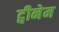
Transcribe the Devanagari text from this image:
ट्वीनेम